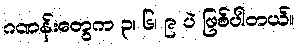
ဂဏန်းတွေက ၃၊ ၆၊ ၉ ပဲ ဖြစ်ပါတယ်။